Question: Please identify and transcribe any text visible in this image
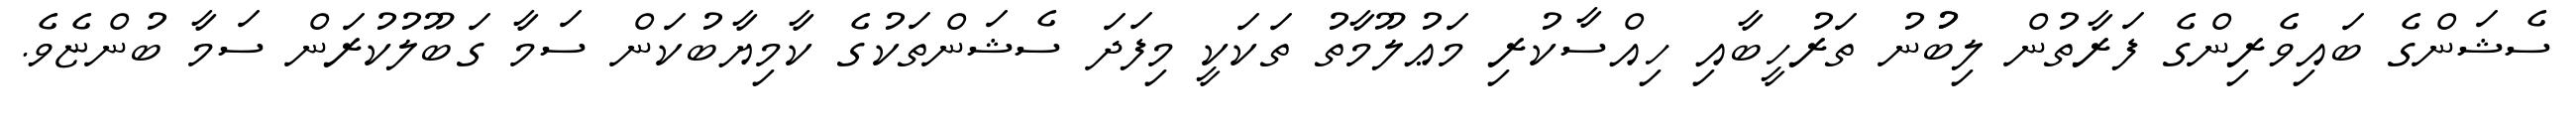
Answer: ސެޝަންގެ ބައިވެރިންގެ ފަރާތުން ލިބުުނު ތަރުހީބާއި ހިއްސާކުރި މަޢުލޫމާތު ތަކަކީ މިފަދަ ސެޝަންތަކުގެ ކާމިޔާބުކަން ސަމާ ގަބޫލުކުރަން ސަމާ ބުންޏެވެ.